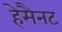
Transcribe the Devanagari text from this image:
हेमैनट